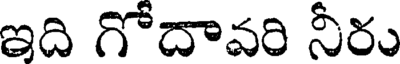
ఇది గోదావరి నీరు